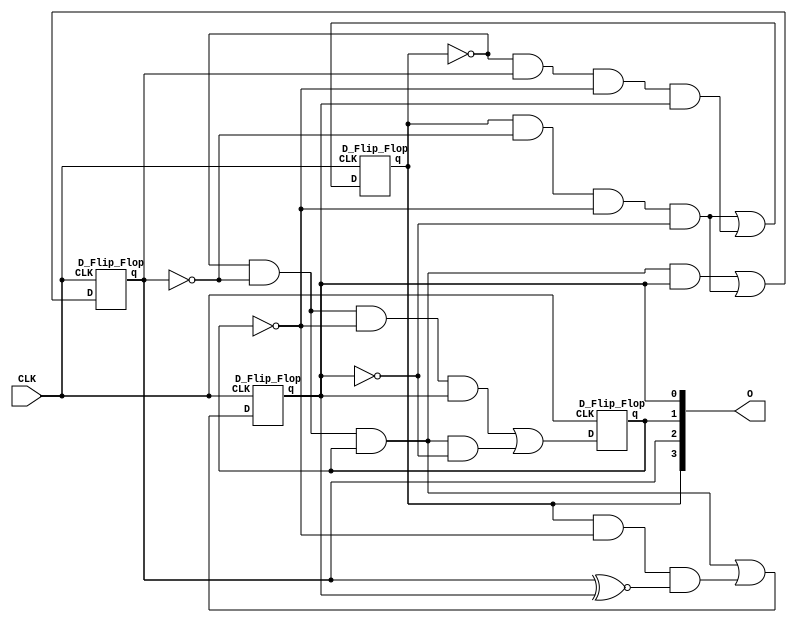
`timescale 1ns / 1ps
module Sequence_Counter(
    input wire CLK,
    output wire [3:0]O
    );
    
    wire [3:0]D;
    
    assign D[3] = ((O[3])&~(O[2])&~(O[1])&~(O[0])) | (~(O[3])&(O[2])&~(O[1])&(O[0]));
    assign D[2] = (~(O[3])&~(O[2])&(O[1])&(O[0])) | ((O[3])&~(O[2])&~(O[1])&~(O[0]));
    assign D[1] = (~(O[3])&~(O[2])&~(O[1])&(O[0])) | (~(O[3])&~(O[2])&(O[1])&~(O[0]));
    assign D[0] = (~(O[3])&~(O[2])&(O[1])) | ((O[3])&~(O[1]))&((O[2])~^((O[0])));
    
    D_Flip_Flop ff3(.D(D[3]), .CLK(CLK), .q(O[3]));
    D_Flip_Flop ff2(.D(D[2]), .CLK(CLK), .q(O[2]));
    D_Flip_Flop ff1(.D(D[1]), .CLK(CLK), .q(O[1]));
    D_Flip_Flop ff0(.D(D[0]), .CLK(CLK), .q(O[0]));
    
endmodule

module D_Flip_Flop(
    input D,
    input CLK,
    output reg q
    );
    
    always@(posedge CLK)
    begin
        if(CLK == 0 && D == 0)
            q <= q;
        if(CLK == 0 && D == 1)
            q <= q;
        if(CLK == 1 && D == 0)
            q <= D;
        if(CLK == 1 && D == 1)
            q <= D;
    end
endmodule